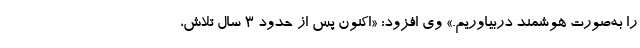
را به‌صورت هوشمند دربیاوریم.» وی افزود: «اکنون پس از حدود ۳ سال تلاش،